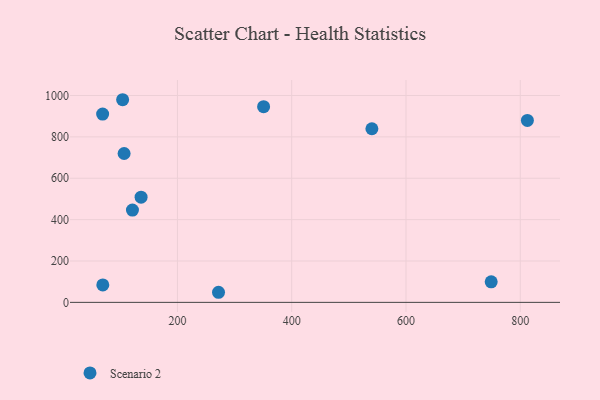
{"axis": {"x": "Speed", "y": "Fuel Efficiency"}, "legend": ["Scenario 2"], "data": [{"x": "749.1", "y": 99.4, "type": "Scenario 2"}, {"x": "121.3", "y": 446.3, "type": "Scenario 2"}, {"x": "106.7", "y": 719.6, "type": "Scenario 2"}, {"x": "271.9", "y": 48.8, "type": "Scenario 2"}, {"x": "69.4", "y": 84.1, "type": "Scenario 2"}, {"x": "350.8", "y": 945.9, "type": "Scenario 2"}, {"x": "136.4", "y": 508.7, "type": "Scenario 2"}, {"x": "812.4", "y": 879.6, "type": "Scenario 2"}, {"x": "69.1", "y": 910.3, "type": "Scenario 2"}, {"x": "540.3", "y": 839.4, "type": "Scenario 2"}, {"x": "104.1", "y": 979.7, "type": "Scenario 2"}]}